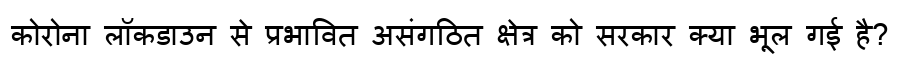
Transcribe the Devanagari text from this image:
कोरोना लॉकडाउन से प्रभावित असंगठित क्षेत्र को सरकार क्या भूल गई है?